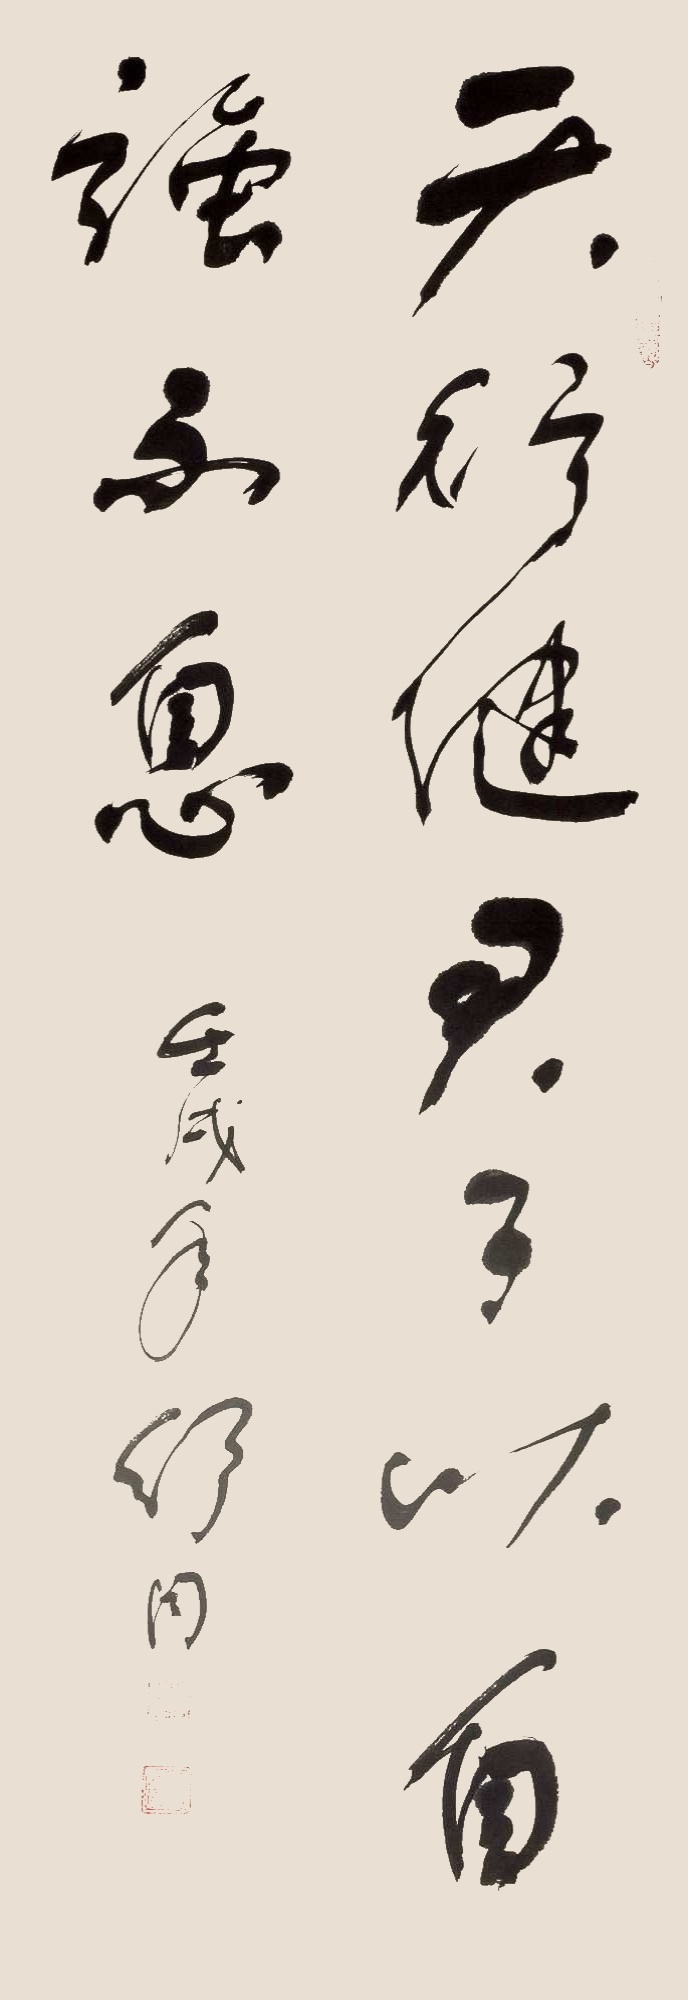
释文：天行健，君子以自强不息。壬戌年舒同。